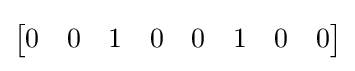
{\begin{bmatrix}0&0&1&0&0&1&0&0\end{bmatrix}}